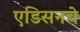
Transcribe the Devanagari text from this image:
एडिसनचे